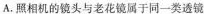
A.照相机的镜头与老花镜属于同一类透镜